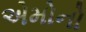
એમોનો